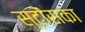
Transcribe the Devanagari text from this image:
स्टोंसका